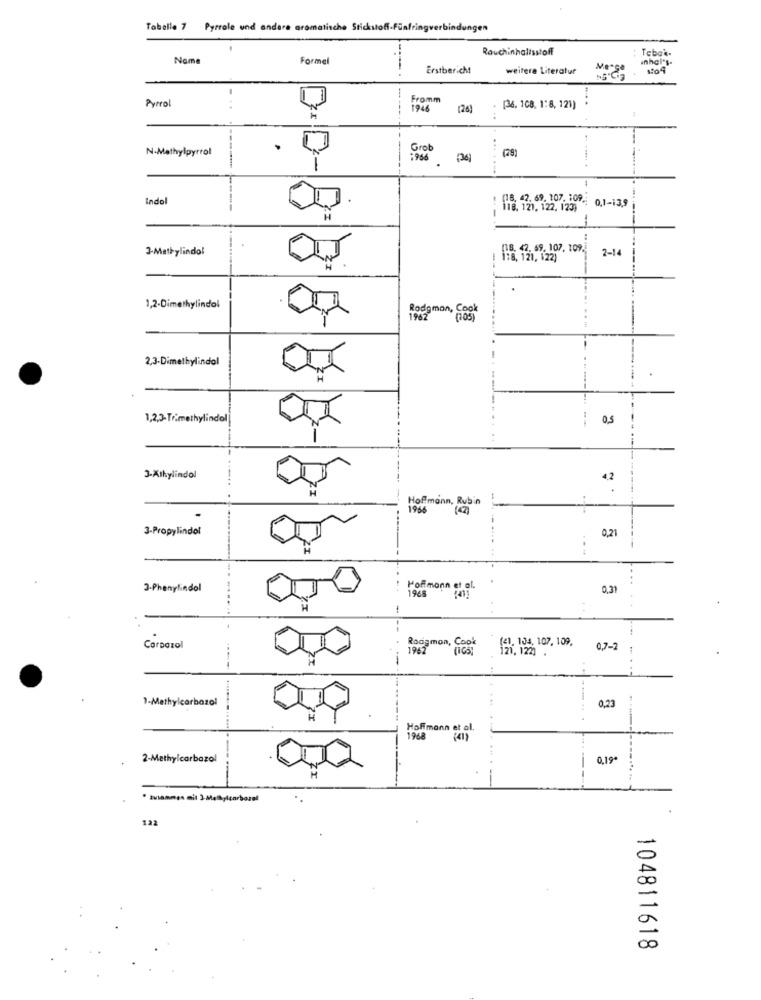
Tabelle 7 Pyrrale und andere aromatische Stickstoff.Fin
Rauchinhaltsstoff
Nome
Formel
Tabak.
inhal's.
Erstbericht
weitere Literatur
Pyrrol
Fromm
. ..
---
1946
[36. 108, 1:8, 121)
N-Methylpyrrol
Grob
:966 (36]
-
Indol
1 08. 42. 69. 107. 109 0,1-13,9
118. 121. 122, 123)
-
3-Methylindol
(1.8. 42. 69. 107, 109. 2-14
1,2-Dimethylindol
1962
Rodgman, Cook
2,3-Dimethylindol
1,2,3-Trimethylindol
0.5
3-Alkylindol
4.2
Hoffmann, Rubin
1966
(42)
3-Propylindol
0,21
...
3-Phenylindol
1968
Hoffmann et al.
0,31
CarDozol
Roogman, Cook 120. 104 107, 109.
1962
0,7-2
1-Methylcarbazol
0,23
Hoffmann et al.
1968
2-Methylcarbazal
0,19ª
122
00
00
104811618